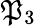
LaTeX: \mathfrak{P}_{3}